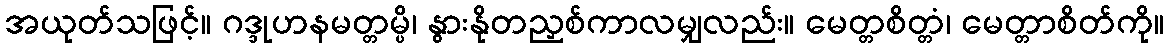
အယုတ်သဖြင့်။ ဂဒ္ဒုဟနမတ္တမ္ပိ၊ နွားနိုတညှစ်ကာလမျှလည်း။ မေတ္တစိတ္တံ၊ မေတ္တာစိတ်ကို။